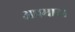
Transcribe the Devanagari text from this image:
अप्रमाद।